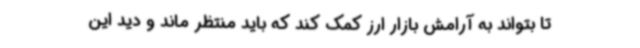
تا بتواند به آرامش بازار ارز کمک کند که باید منتظر ماند و دید این